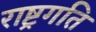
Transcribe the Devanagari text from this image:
राष्ट्रगति